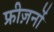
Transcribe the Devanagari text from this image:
फ्रीज़नों